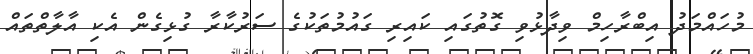
މުހައްމަދު އިބްރާހިމް ވިދާޅުވި ގޮތުގައި ކައިރި ގައުމުތަކުގެ ސަރުކާރާ ގުޅިގެން އެކި އާލާތްތައް